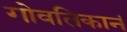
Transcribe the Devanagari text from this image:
गोवतिकानं